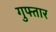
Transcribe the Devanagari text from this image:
गुफ्तार